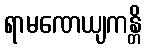
ရာမဏေယျကန္တိ